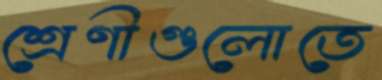
শ্রেণীগুলোতে